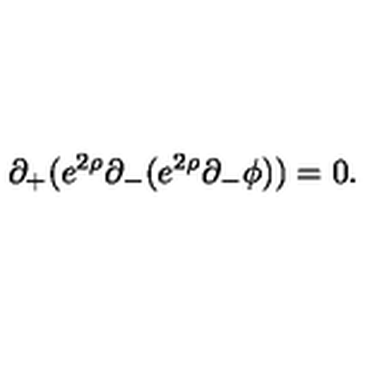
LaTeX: \partial _ { + } ( e ^ { 2 \rho } \partial _ { - } ( e ^ { 2 \rho } \partial _ { - } \phi ) ) = 0 .